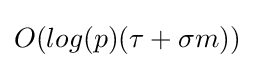
O(log(p)(\tau +\sigma m))